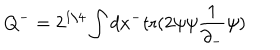
Q ^ { - } = 2 ^ { 1 / 4 } \int d x ^ { - } \mathrm { t r } ( 2 \psi \psi \frac { 1 } { \partial _ { - } } \psi )